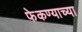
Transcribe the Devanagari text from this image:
फेकण्याच्या